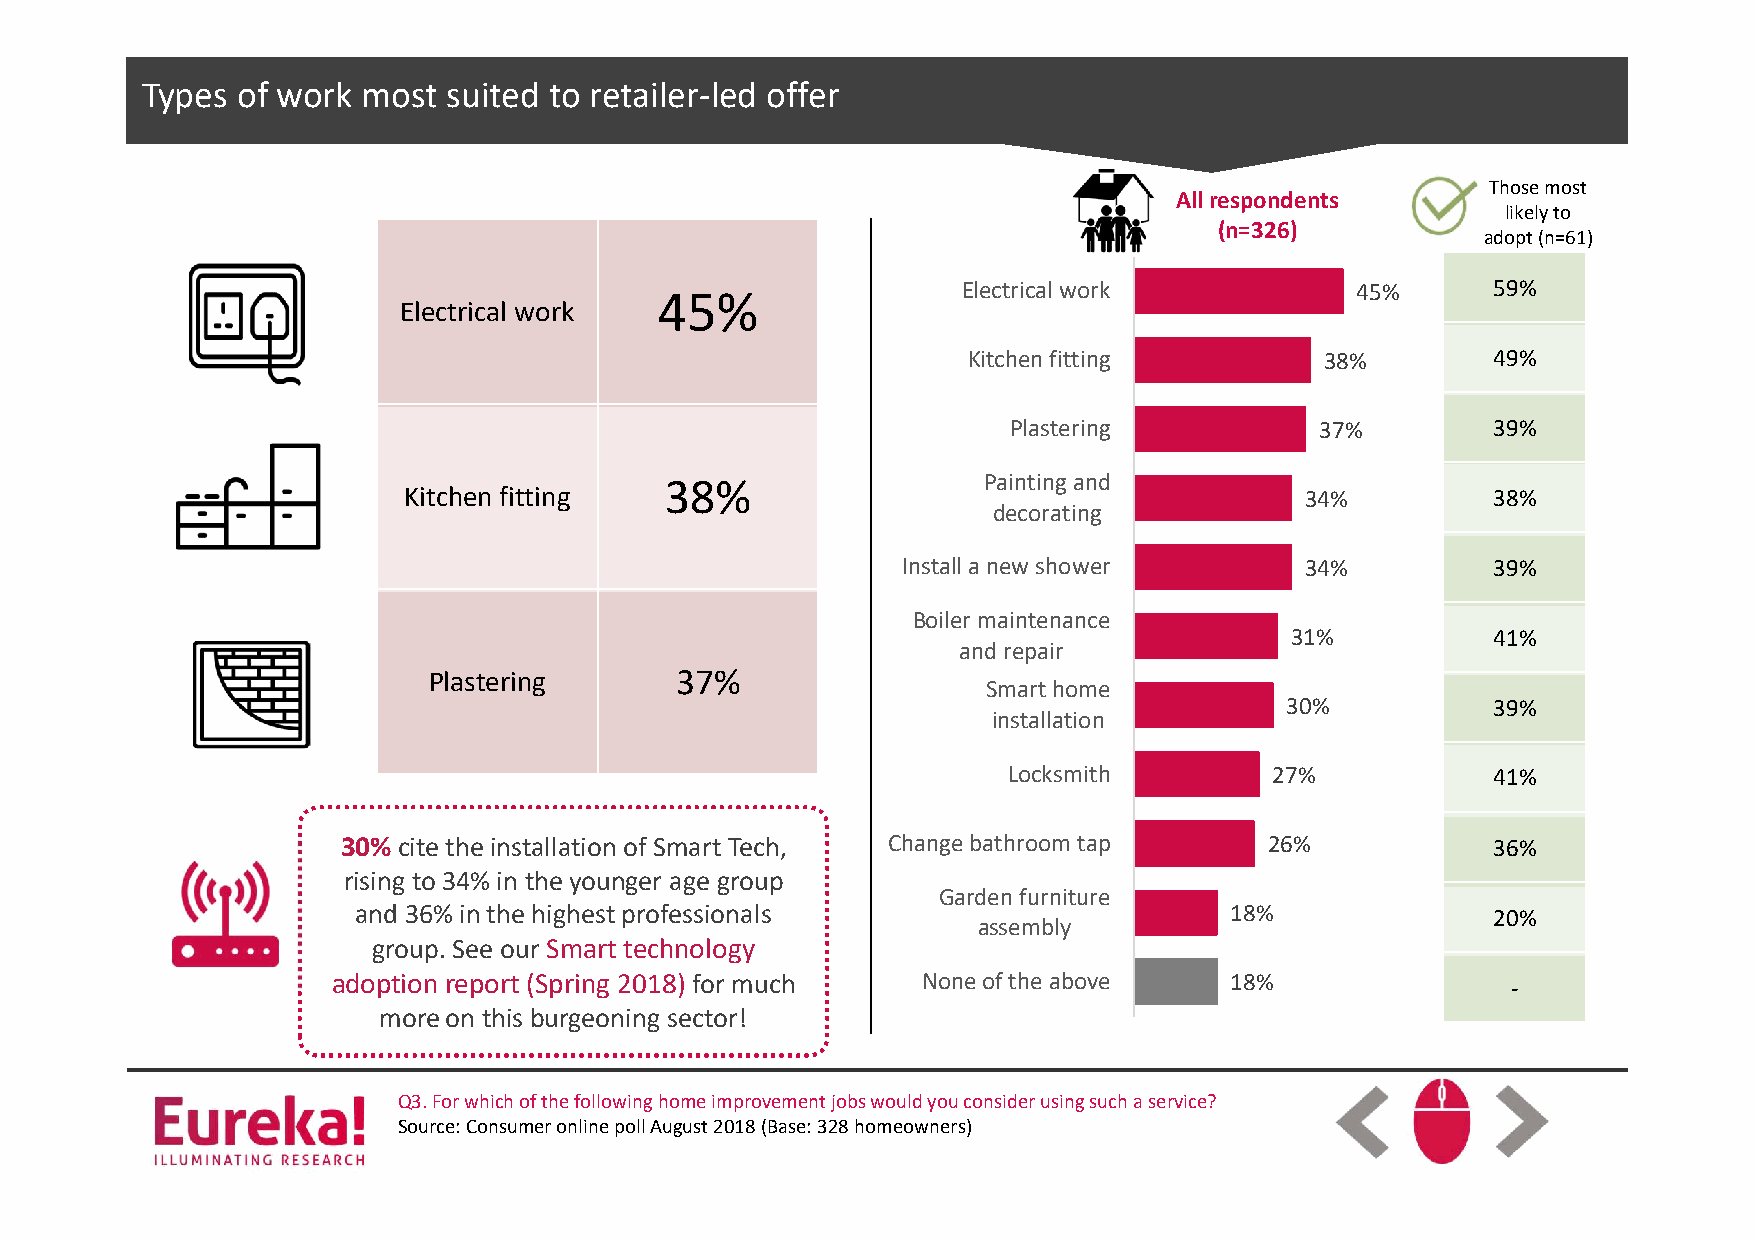
TCylpicesk o tfo w eordk imt oMsta ssutiteerd ttoit rleet asilteyrl-eled offer
 Those most
 All respondents
 likely to
 (n=326)
 adopt (n=61)
 Electrical work           45%      59%
 45%
 Electrical work
 Kitchen fitting         38%        49%
 Plastering          37%         39%
 38%                  Painting and
 Kitchen fitting                                            34%          38%
 decorating
 Install a new shower      34%          39%
 Boiler maintenance
 31%           41%
 and repair
 Plastering       37%
 Smart home
 30%           39%
 installation
 Locksmith        27%            41%
 30% cite the installation of Smart Tech, Change bathroom tap 26%            36%
 rising to 34% in the younger age group
 Garden furniture
 and 36% in the highest professionals                     18%               20%
 assembly
 group. See our Smart technology
 adoption report (Spring 2018) for much None of the above   18%                -
 more on this burgeoning sector!
 Q3. For which of the following home improvement jobs would you consider using such a service?
 Source: Consumer online poll August 2018 (Base: 328 homeowners)